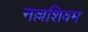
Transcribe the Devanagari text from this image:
नल्लशिवम